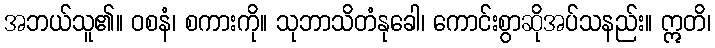
အဘယ်သူ၏။ ဝစနံ၊ စကားကို။ သုဘာသိတံနုခေါ၊ ကောင်းစွာဆိုအပ်သနည်း။ ဣတိ၊